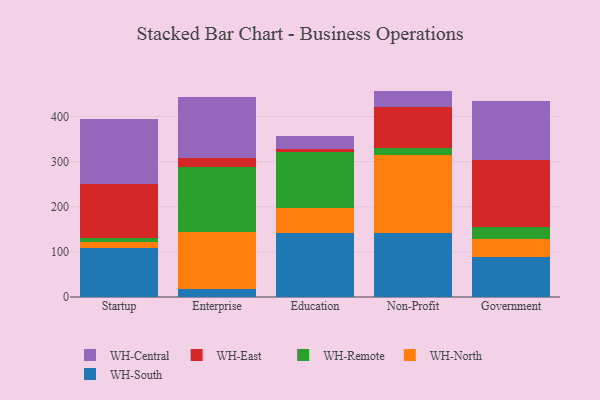
{"axis": {"x": "Segment", "y": "Shipments"}, "legend": ["WH-Central", "WH-East", "WH-North", "WH-Remote", "WH-South"], "data": [{"x": "Startup", "y": 107.7, "type": "WH-South"}, {"x": "Startup", "y": 15.3, "type": "WH-North"}, {"x": "Startup", "y": 7.4, "type": "WH-Remote"}, {"x": "Startup", "y": 119.9, "type": "WH-East"}, {"x": "Startup", "y": 144.4, "type": "WH-Central"}, {"x": "Enterprise", "y": 16.8, "type": "WH-South"}, {"x": "Enterprise", "y": 126.5, "type": "WH-North"}, {"x": "Enterprise", "y": 145.5, "type": "WH-Remote"}, {"x": "Enterprise", "y": 20.0, "type": "WH-East"}, {"x": "Enterprise", "y": 134.4, "type": "WH-Central"}, {"x": "Education", "y": 141.2, "type": "WH-South"}, {"x": "Education", "y": 56.0, "type": "WH-North"}, {"x": "Education", "y": 125.0, "type": "WH-Remote"}, {"x": "Education", "y": 5.2, "type": "WH-East"}, {"x": "Education", "y": 30.0, "type": "WH-Central"}, {"x": "Non-Profit", "y": 140.8, "type": "WH-South"}, {"x": "Non-Profit", "y": 173.0, "type": "WH-North"}, {"x": "Non-Profit", "y": 15.9, "type": "WH-Remote"}, {"x": "Non-Profit", "y": 91.1, "type": "WH-East"}, {"x": "Non-Profit", "y": 36.2, "type": "WH-Central"}, {"x": "Government", "y": 88.9, "type": "WH-South"}, {"x": "Government", "y": 38.8, "type": "WH-North"}, {"x": "Government", "y": 26.8, "type": "WH-Remote"}, {"x": "Government", "y": 149.8, "type": "WH-East"}, {"x": "Government", "y": 129.2, "type": "WH-Central"}]}